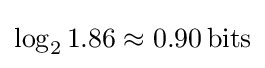
\log _{2}{1.86}\approx 0.90\,{\text{bits}}